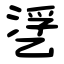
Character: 㐢